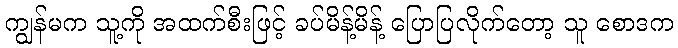
ကျွန်မက သူ့ကို အထက်စီးဖြင့် ခပ်မိန့်မိန့် ပြောပြလိုက်တော့ သူ စောဒက